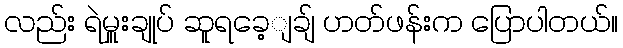
လည်း ရဲမှူးချုပ် ဆူရခေ့ျချ် ဟတ်ဖန်းက ပြောပါတယ်။